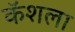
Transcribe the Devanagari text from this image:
कॅशला